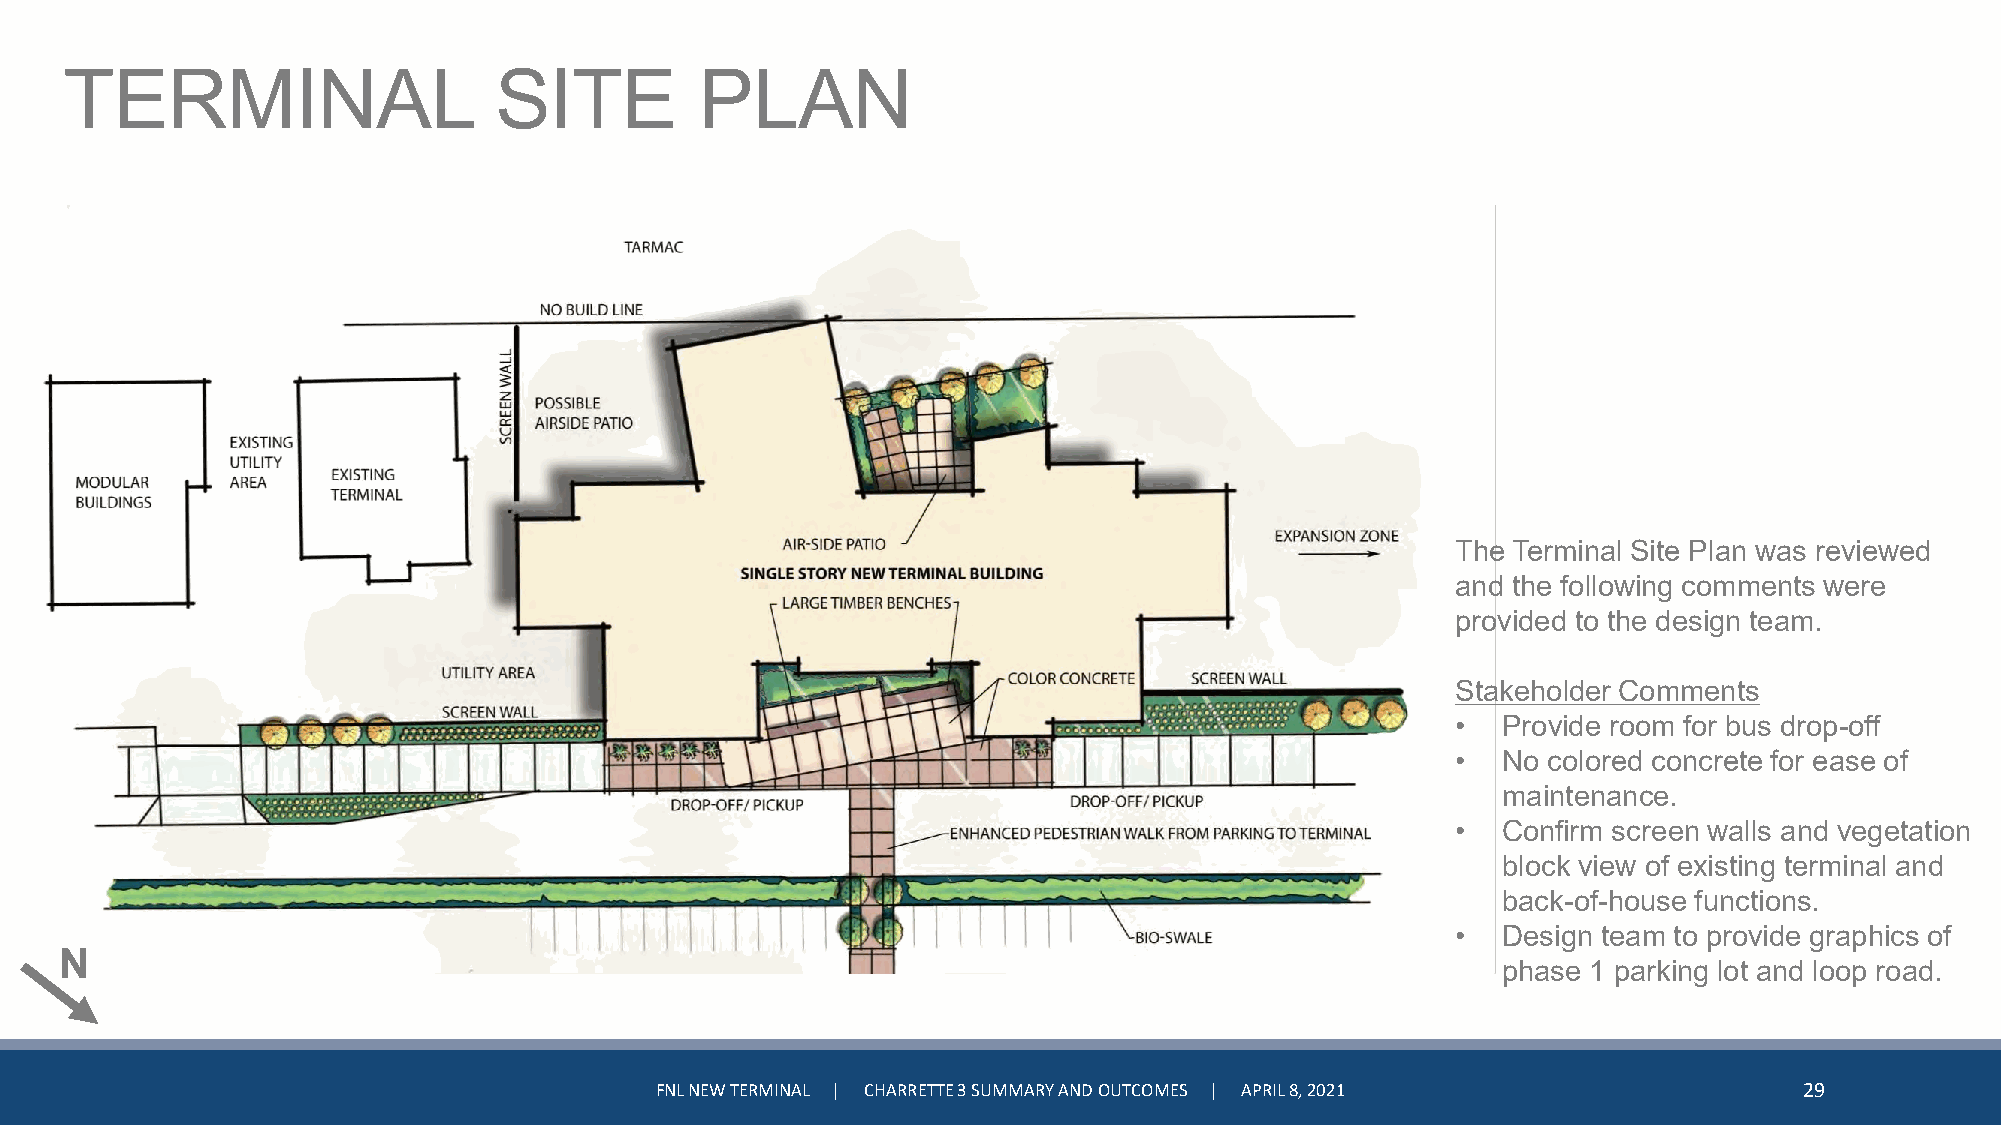
TERMINAL                     SITE         PLAN
 The Terminal Site Plan was reviewed
 and the following comments were
 provided to the design team.
 Stakeholder Comments
 •  Provide room for bus drop-off
 •  No colored concrete for ease of
 maintenance.
 •  Confirm screen walls and vegetation
 block view of existing terminal and
 back-of-house functions.
 •  Design team to provide graphics of
 N
 phase 1 parking lot and loop road.
 FNL NEW TERMINAL | CHARRETTE 3 SUMMARY AND OUTCOMES | APRIL 8, 2021         29